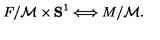
F / { \cal M } \times { \bf S } ^ { 1 } \Longleftrightarrow M / { \cal M } .